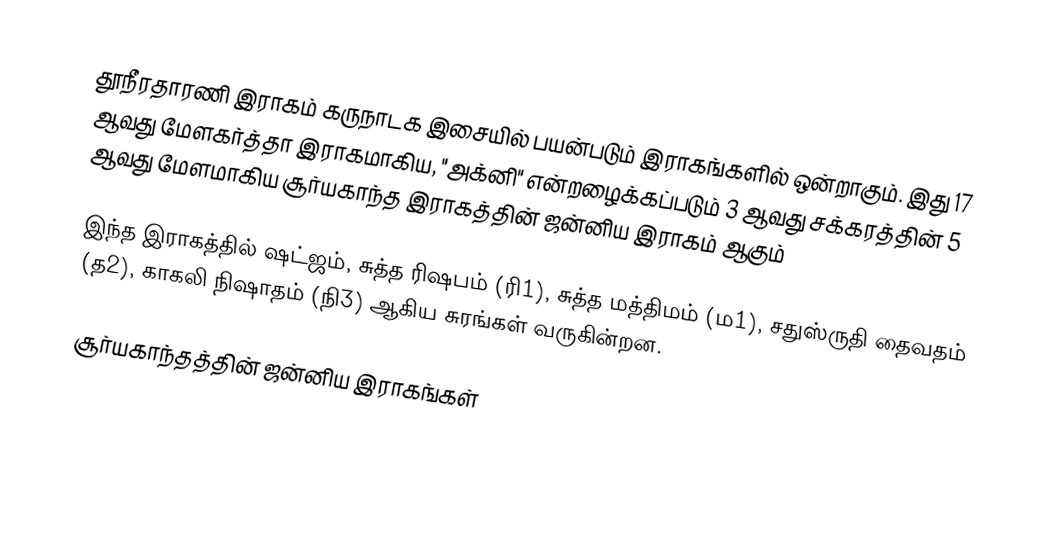
தூநீரதாரணி இராகம் கருநாடக இசையில் பயன்படும் இராகங்களில் ஒன்றாகும். இது 17 ஆவது மேளகர்த்தா இராகமாகிய, "அக்னி" என்றழைக்கப்படும் 3 ஆவது சக்கரத்தின் 5 ஆவது மேளமாகிய சூர்யகாந்த இராகத்தின் ஜன்னிய இராகம் ஆகும்

இந்த இராகத்தில் ஷட்ஜம், சுத்த ரிஷபம் (ரி1),  சுத்த மத்திமம் (ம1), சதுஸ்ருதி தைவதம் (த2), காகலி நிஷாதம்  (நி3) ஆகிய சுரங்கள் வருகின்றன.

சூர்யகாந்தத்தின் ஜன்னிய இராகங்கள்